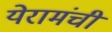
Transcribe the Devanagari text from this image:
येरामंची